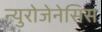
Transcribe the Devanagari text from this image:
न्युरोजेनेसिस